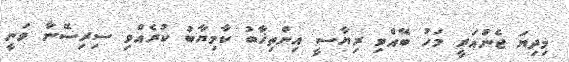
މިދިޔަ ޖެނުއަރީ މަހު ބޭއްވި ރިޔާސީ އިންތިޚާބު ކާމިޔާބު ކުރެއްވި ސިރިސޭނާ ވަނީ